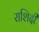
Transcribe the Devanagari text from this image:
राशिदी